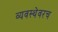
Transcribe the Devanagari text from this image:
व्यवस्थेवरच